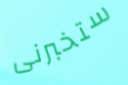
ستخبرنى